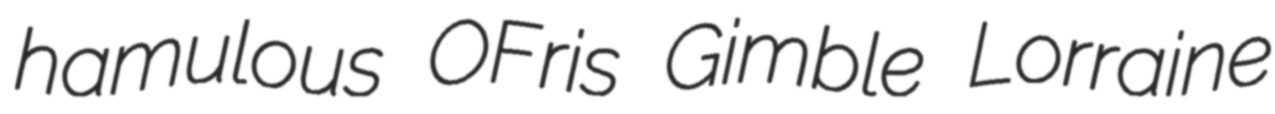
hamulous OFris Gimble Lorraine